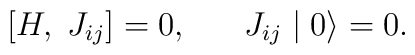
[H, \; J_{ij}] = 0 , \;\;\;\;\;\; J_{ij} \mid 0 \rangle = 0 .